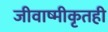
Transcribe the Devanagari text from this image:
जीवाष्मीकृतही